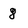
Character: 8